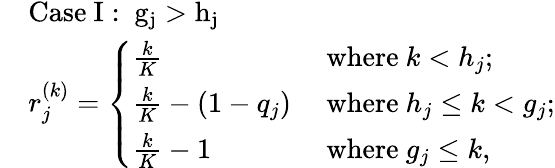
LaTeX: \begin{array}{rl}&{\mathrm{Case~I:~g_j>h_j~}}\\ &{r_{j}^{(k)}=\left\{ \begin{array}{ll}{\frac{k}{K}}&{\mathrm{~where~}k<h_{j};}\\ {\frac{k}{K}-(1-q_{j})}&{\mathrm{~where~}h_{j}\leq k<g_{j};}\\ {\frac{k}{K}-1}&{\mathrm{~where~}g_{j}\leq k,}\end{array}\right.}\end{array}